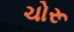
ચોરૂ